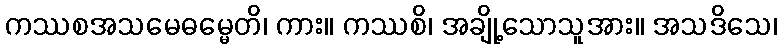
ကဿစအသမေဓမ္မေတိ၊ ကား။ ကဿစိ၊ အချို့သောသူအား။ အသဒိသေ၊